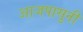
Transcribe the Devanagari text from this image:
आजपासुनी